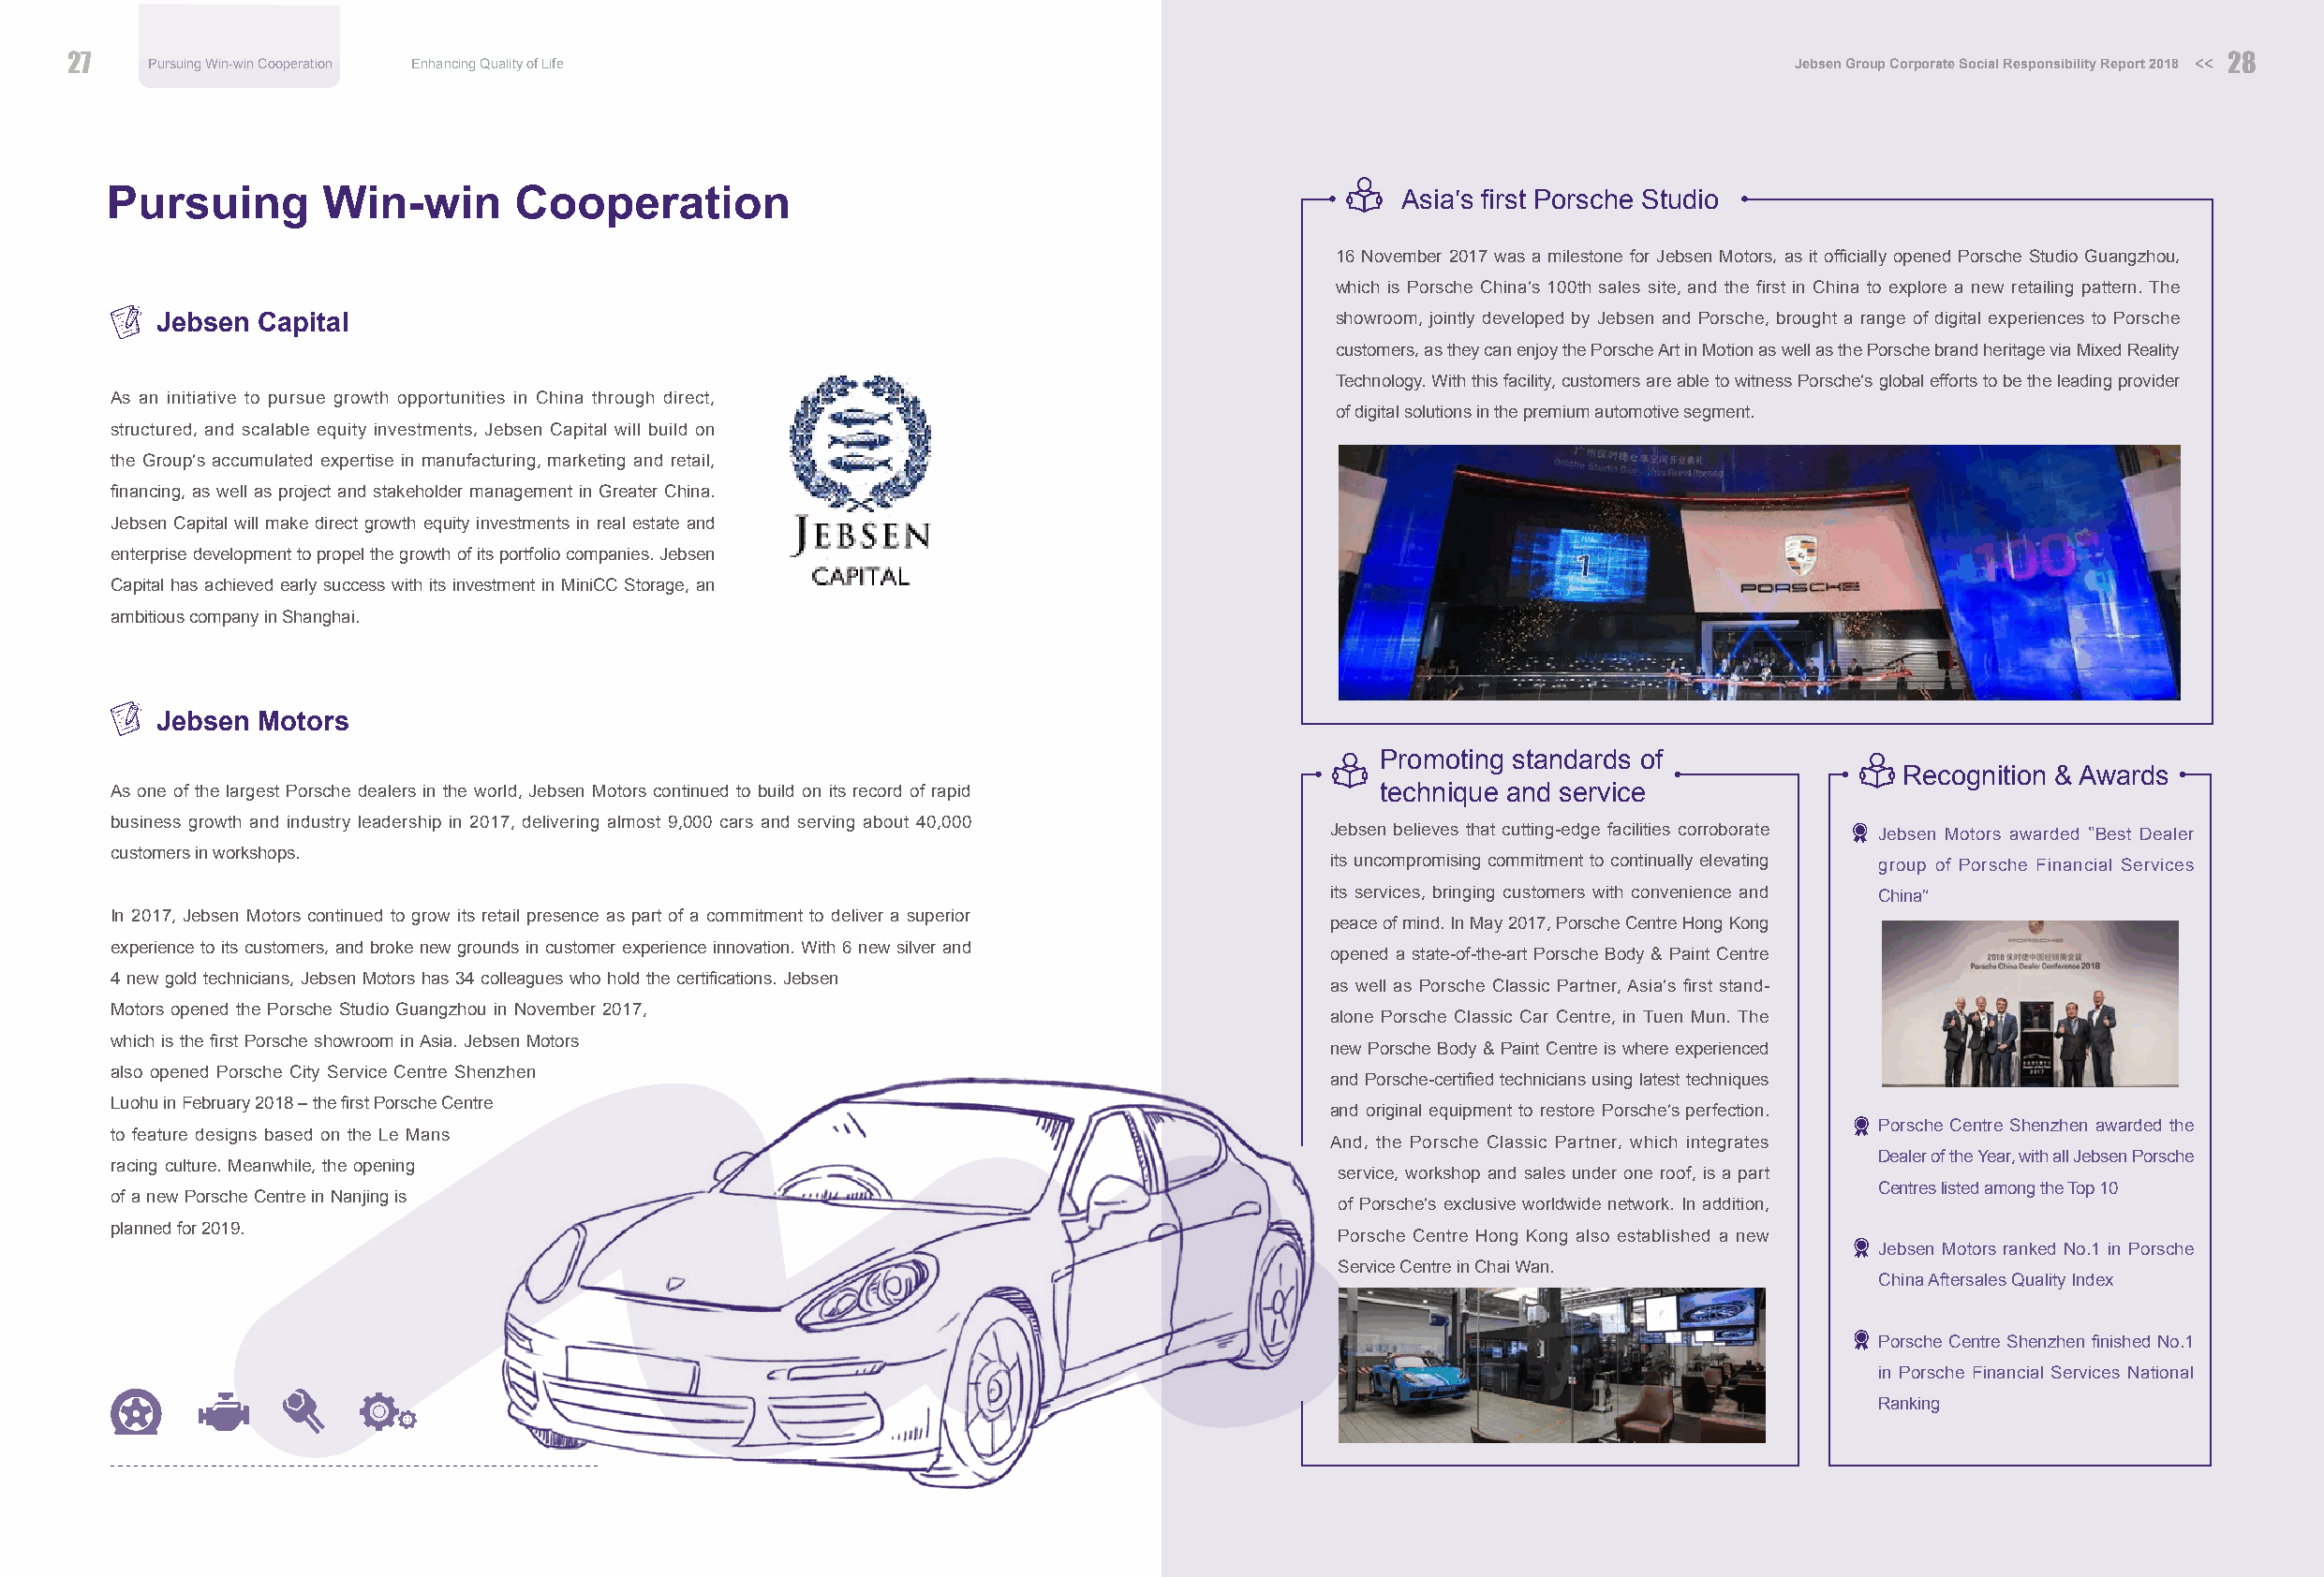
27   Pursuing Win-win Cooperation Enhancing Quality of Life                                                               Jebsen Group Corporate Social Responsibility Report 2018 << 28
 Pursuing       Win-win      Cooperation                                                    Asia’s first Porsche Studio
 
 16 November 2017 was a milestone for Jebsen Motors, as it officially opened Porsche Studio Guangzhou,
 which is Porsche China’s 100th sales site, and the first in China to explore a new retailing pattern. The
 Jebsen Capital                                                                     showroom, jointly developed by Jebsen and Porsche, brought a range of digital experiences to Porsche
 customers, as they can enjoy the Porsche Art in Motion as well as the Porsche brand heritage via Mixed Reality
 Technology. With this facility, customers are able to witness Porsche’s global efforts to be the leading provider
 As an initiative to pursue growth opportunities in China through direct,
 of digital solutions in the premium automotive segment.
 structured, and scalable equity investments, Jebsen Capital will build on
 the Group’s accumulated expertise in manufacturing, marketing and retail,
 financing, as well as project and stakeholder management in Greater China.
 Jebsen Capital will make direct growth equity investments in real estate and
 enterprise development to propel the growth of its portfolio companies. Jebsen
 Capital has achieved early success with its investment in MiniCC Storage, an
 ambitious company in Shanghai.
 Jebsen Motors
 Promoting standards of
 Recognition & Awards
 As one of the largest Porsche dealers in the world, Jebsen Motors continued to build on its record of rapid technique and service
 business growth and industry leadership in 2017, delivering almost 9,000 cars and serving about 40,000
 Jebsen believes that cutting-edge facilities corroborate Jebsen Motors awarded “Best Dealer
 customers in workshops.
 its uncompromising commitment to continually elevating group of Porsche Financial Services
 its services, bringing customers with convenience and China”
 In 2017, Jebsen Motors continued to grow its retail presence as part of a commitment to deliver a superior peace of mind. In May 2017, Porsche Centre Hong Kong
 experience to its customers, and broke new grounds in customer experience innovation. With 6 new silver and
 opened a state-of-the-art Porsche Body & Paint Centre
 4 new gold technicians, Jebsen Motors has 34 colleagues who hold the certifications. Jebsen as well as Porsche Classic Partner, Asia’s first stand-
 Motors opened the Porsche Studio Guangzhou in November 2017,                          alone Porsche Classic Car Centre, in Tuen Mun. The
 which is the first Porsche showroom in Asia. Jebsen Motors
 new Porsche Body & Paint Centre is where experienced
 also opened Porsche City Service Centre Shenzhen
 and Porsche-certified technicians using latest techniques
 Luohu in February 2018 – the first Porsche Centre                                     and original equipment to restore Porsche’s perfection.
 Porsche Centre Shenzhen awarded the
 to feature designs based on the Le Mans                                               And, the Porsche Classic Partner, which integrates
 Dealer of the Year, with all Jebsen Porsche
 racing culture. Meanwhile, the opening                                                 service, workshop and sales under one roof, is a part
 Centres listed among the Top 10
 of a new Porsche Centre in Nanjing is                                                  of Porsche’s exclusive worldwide network. In addition,
 planned for 2019.
 Porsche Centre Hong Kong also established a new
 Jebsen Motors ranked No.1 in Porsche
 Service Centre in Chai Wan.
 China Aftersales Quality Index
 Porsche Centre Shenzhen finished No.1
 in Porsche Financial Services National
 Ranking